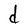
Character: d